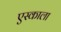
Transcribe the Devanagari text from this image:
एस्काला